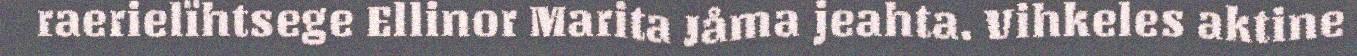
raerielïhtsege Ellinor Marita Jåma jeahta. Vihkeles aktine